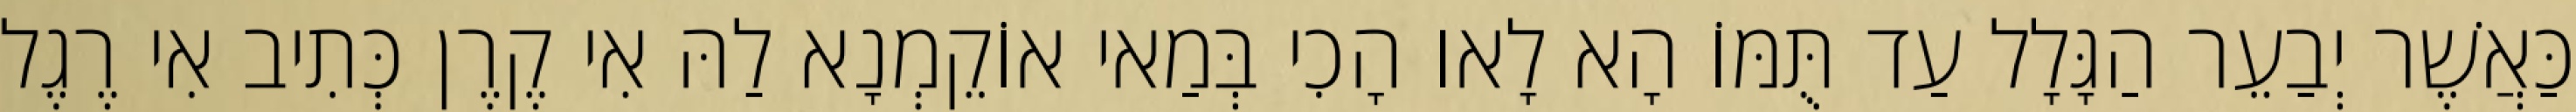
כַּאֲשֶׁר יְבַעֵר הַגָּלָל עַד תֻּמּוֹ הָא לָאו הָכִי בְּמַאי אוֹקֵמְנָא לַהּ אִי קֶרֶן כְּתִיב אִי רֶגֶל